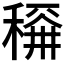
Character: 𱶛